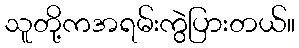
သူတို့ကအရမ်းကွဲပြားတယ်။